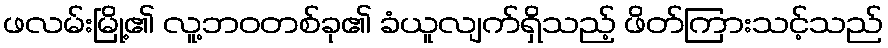
ဖလမ်းမြို့၏ လူ့ဘဝတစ်ခု၏ ခံယူလျက်ရှိသည့် ဖိတ်ကြားသင့်သည်